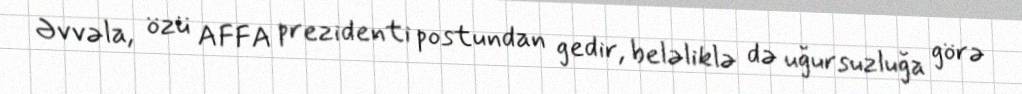
Əvvəla, özü AFFA prezidenti postundan gedir, beləliklə də uğursuzluğa görə